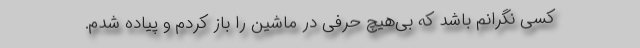
کسی نگرانم باشد که بی‌هیچ حرفی در ماشین را باز کردم و پیاده شدم.